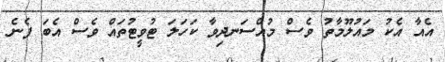
އެއާ އެކު މައުލޫމާތު ވެސް މުއްސަނދިވާ ކަހަލަ ޓުވީޓުތައް ވެސް އެބަ ފެނެ